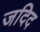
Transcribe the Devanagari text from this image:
जदिद